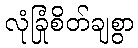
လုံခြုံစိတ်ချစွာ